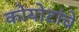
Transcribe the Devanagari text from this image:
कोयोटांचे